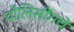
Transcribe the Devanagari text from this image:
पोलिसींगचे